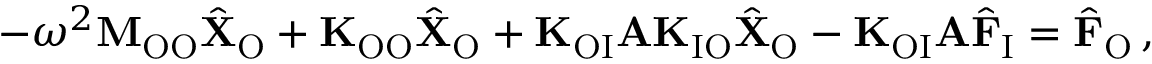
- \omega ^ { 2 } \mathbf { M } _ { \mathrm { O O } } \hat { \mathbf { X } } _ { \mathrm { O } } + \mathbf { K } _ { \mathrm { O O } } \hat { \mathbf { X } } _ { \mathrm { O } } + \mathbf { K } _ { \mathrm { O I } } \mathbf { A } \mathbf { K } _ { \mathrm { I O } } \hat { \mathbf { X } } _ { \mathrm { O } } - \mathbf { K } _ { \mathrm { O I } } \mathbf { A } \hat { \mathbf { F } } _ { \mathrm { I } } = \hat { \mathbf { F } } _ { \mathrm { O } } \, ,